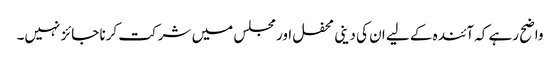
واضح رہے کہ آئندہ کے لیے ان کی دینی محفل اور مجلس میں شرکت کرنا جائز نہیں۔